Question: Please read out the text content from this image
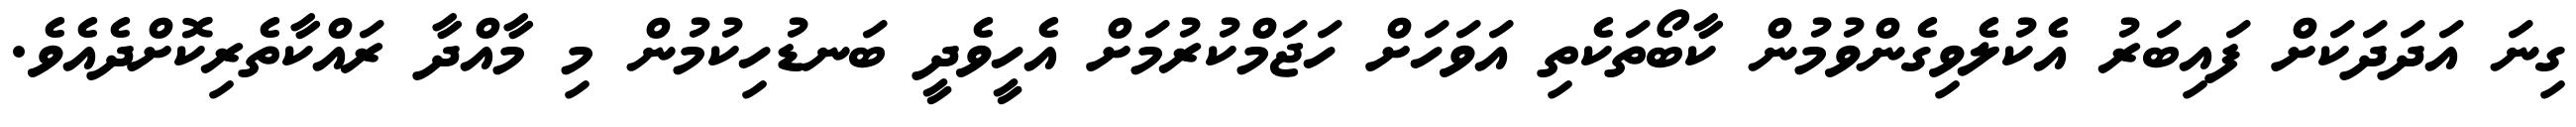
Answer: ގިނަ އަދަދަކަށް ފައިބަރު އެކުލެވިގެންވުމުން ކާބޯތަކެތި އަވަހަށް ހަޖަމްކުރުމަށް އެހީވެދީ ބަނޑުހިކުމުން މި މާއްދާ ރައްކާތެރިކޮށްދެއެވެ.